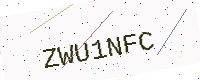
Text: ZWU1NFC